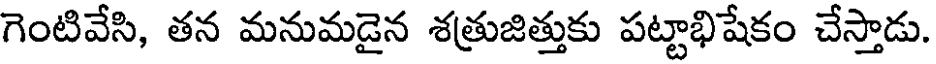
గెంటివేసి, తన మనుమడైన శత్రుజిత్తుకు పట్టాభిషేకం చేస్తాడు.